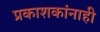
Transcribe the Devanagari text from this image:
प्रकाशकांनाही